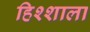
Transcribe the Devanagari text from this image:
हिश्शाला